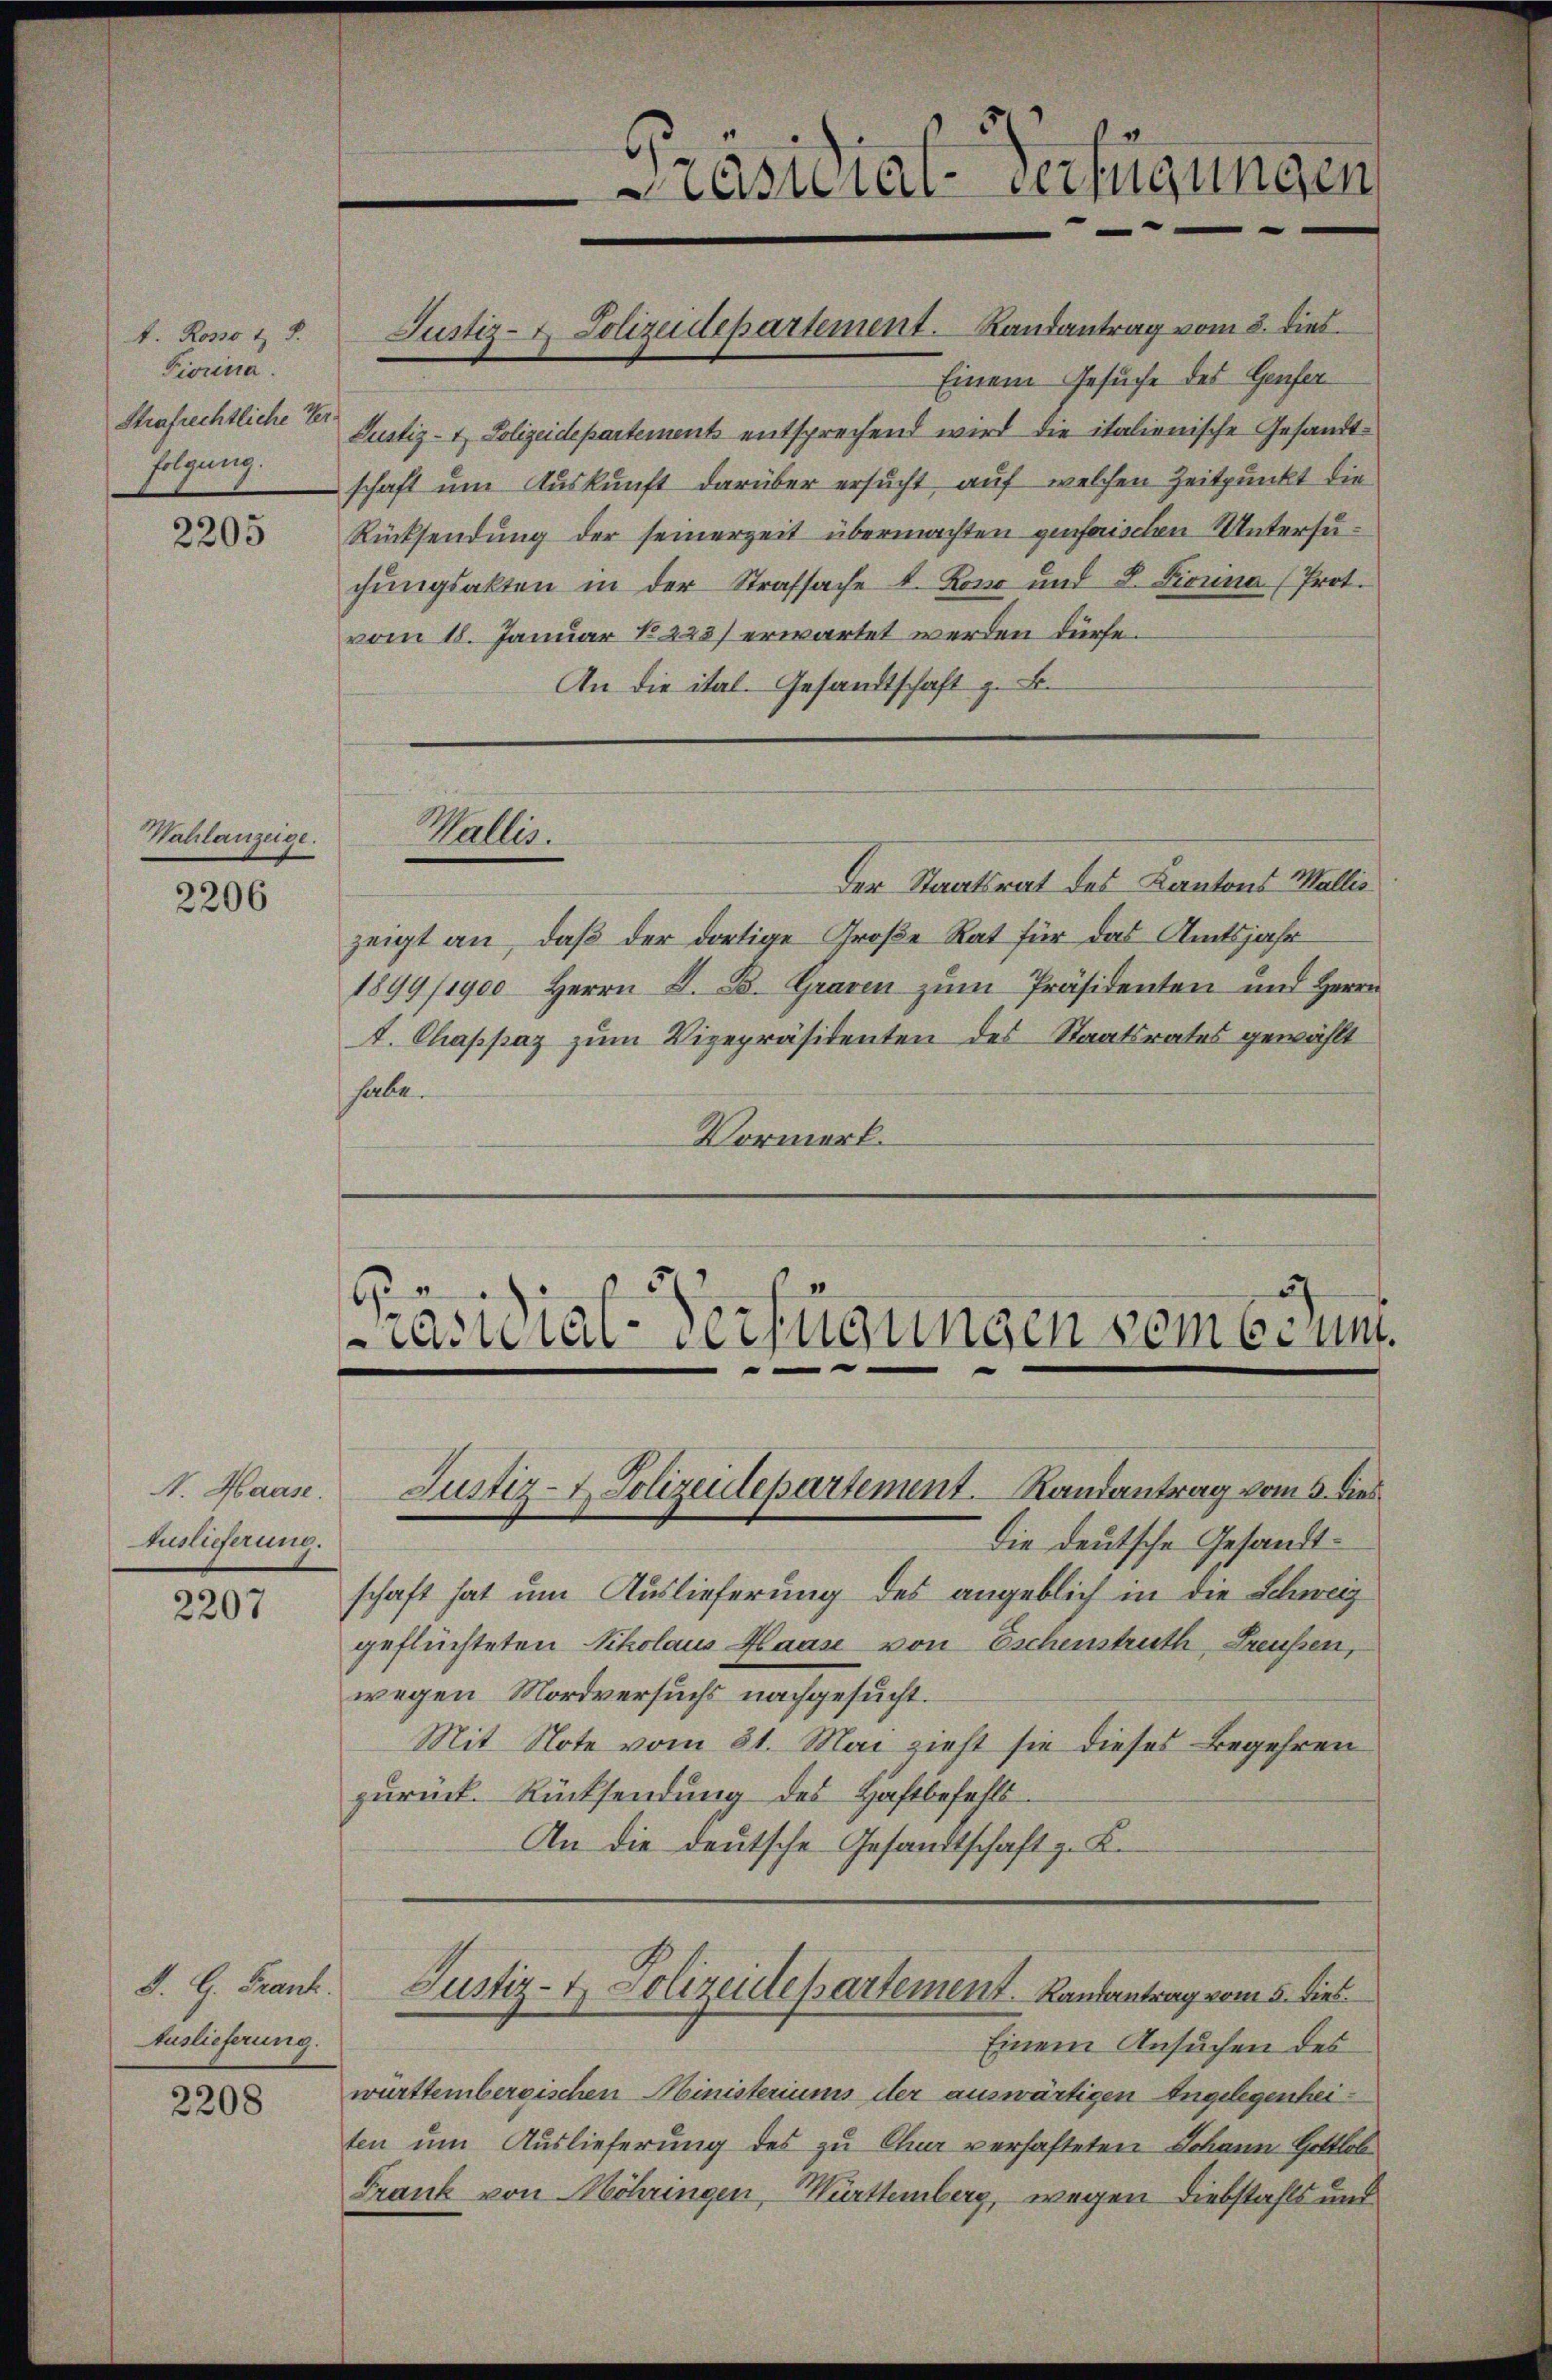
. Rosso & 8.
Fiorina.
Eilgung.

2205

Wahlanzeige.

2206

A. Haase.
Auslieferung.

2207

S. G. Frank.
Auslieferung.

2208

Einem Gesuche des Genfer
Strafrechtlicher Justiz- & Polizeidepartements entsprechend wird die italienische Gesandtschaft um Auskunft darüber ersucht, auf welchen Zeitpunkt die
Rücksendung der seinerzeit übermachten genfrischen Untersuchŭngsakten in der Strafsache 4. Konr und L. Fiorina (Prot.
vom 18. Januar No 225) erwartet werden dürfe.
An die ital. Gesandtschaft z. B.
Wallis.
Der Staatsrat des Kantons Wallis
zeigt an, daβ der dortige Große Rat für das Amtsjahr
1899/1900 herrn D. B. Graven zŭm Präsidenten und Herrn
t. Chappaz zum Vizepräsidenten des Staatsrates gewählt
habe.
Vormerk.

Justiz- & Polizeidepartement. Landantrag vom 3. dies

1
b
räsidial-Verfügungen vom 6. Juni.
—

Justiz- & Polizeidepartement. Randantrag vom 5. dies

Masuial-Verfügungen

Die deutsche Gesandtschaft hat um Auslieferung des angeblich in die Schweiz
geflüchteten Nikolaus Maas von Eschenstruth Freußen,
wegen Mordversuchs nachgesucht.
Mit Note vom 31. Mai zieht sie dieses Begehren
zurück Rücksendung des Haftbefehls.
An die deutsche Gesandtschaft z. K.
Justiz- & Polizeidepartement. Randantrag vom 5. dies
Einem Ansuchen des
württembergischen Ministeriums der auswärtigen Angelegenheiten um Auslieferung des zu Chur verhafteten Johann Gottlob
Frank von Möhringen, Württemberg, wegen Diebstahls und